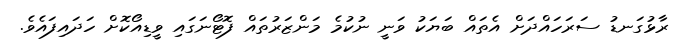
ރާޅުގަނޑު ސަރަހައްދަށް އެތައް ބަޔަކު ވަނީ ނުކުމެ މަންޒަރުތައް ފޮޓޯނަގައި ވީޑިއޯކޮށް ހަދައިފައެވެ.